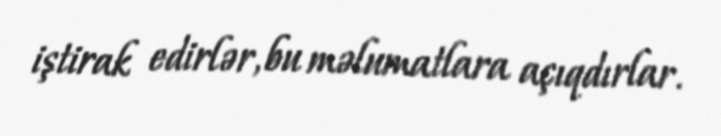
iştirak edirlər, bu məlumatlara açıqdırlar.